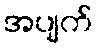
အပျက်